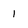
Character: i